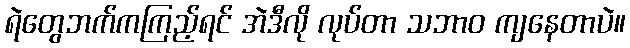
ရဲတွေဘက်ကကြည့်ရင် အဲဒီလို လုပ်တာ သဘာဝ ကျနေတာပဲ။